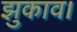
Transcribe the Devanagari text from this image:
झुकाव।